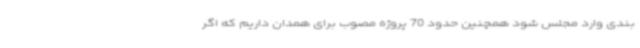
بندی وارد مجلس شود همچنین حدود 70 پروژه مصوب برای همدان داریم که اگر